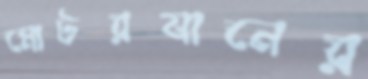
মোটরযানের